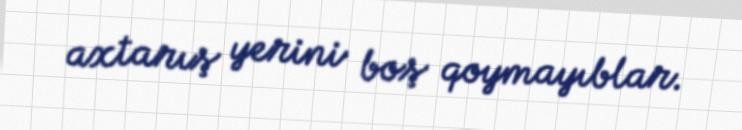
axtarış yerini boş qoymayıblar.